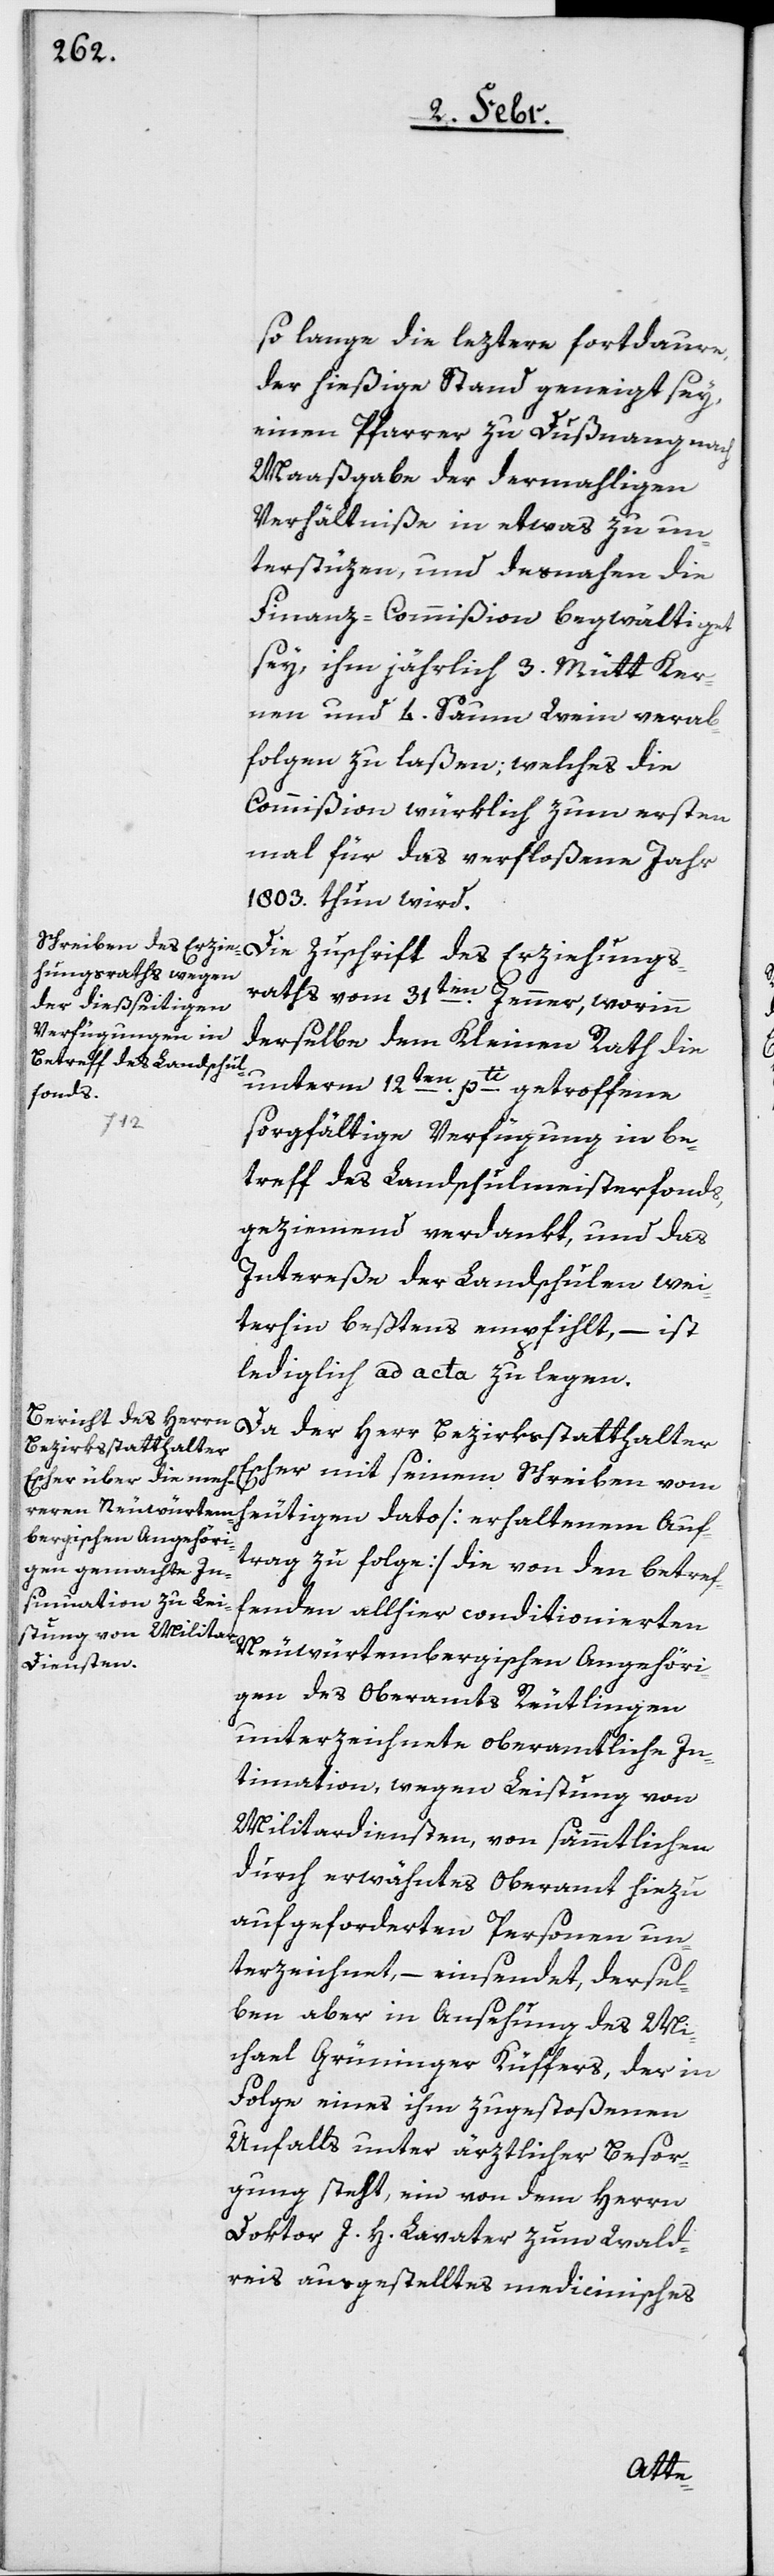
so lange die leztere fortdaure,
der hießige Stand geneigt sey,
einen Pfarrer zu Dußnang nach
Maaßgabe der dermahligen
Verhältniße in etwas zu un¬
terstüzen, und desnahen die
Finanz-Commißion begwältiget
sey, ihm jährlich 3. Mütt Ker¬
nen und 4. Saum Wein verab¬
folgen zu laßen, welches die
Commißion würklich zum ersten
mal für das verfloßene Jahr
1803. thun wird.
Die Zuschrift des Erziehungs¬
raths vom 31ten. Jenner, worinn
derselbe dem Kleinen Rath die
unterm 12ten. pti. getroffene
sorgfältige Verfügung in Be¬
treff des Landschulmeisterfonds,
geziemend verdankt, und das
Intereße der Landschulen wei¬
terhin beßtens empfiehlt, – ist
lediglich ad acta zu legen.
Da der Herr Bezirksstatthalter
Escher mit seinem Schreiben vom
heutigen dato [erhaltenem Auf¬
trag zu folge] die von den betref¬
fenden allhier conditionierten
Neuwürtembergischen Angehöri¬
gen des Oberamts Reutlingen
unterzeichnete oberamtliche In¬
timation, wegen Leistung von
Militardiensten, von sämmtlichen
durch erwähntes Oberamt hiezu
aufgeforderten Personen un¬
terzeichnet, – einsendet, dersel¬
ben aber in Ansehung des Mi¬
chael Grüninger, Küffers, der in
Folge eines ihm zugestoßenen
Unfalls unter ärztlicher Besor¬
gung steht, ein von dem Herrn
Doktor J. H. Lavater zum Wald¬
reis ausgestelltes medicinisches